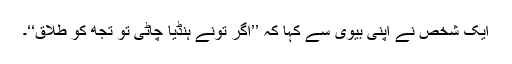
ایک شخص نے اپنی بیوی سے کہا کہ ’’اگر تُونے ہنڈیا چاٹی تو تجھ کو طلاق‘‘۔